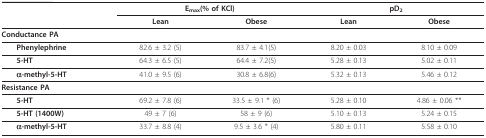
<table><thead><tr><td></td><td colspan="2"><b>E<sub>max</sub>(% of KCl)</b></td><td colspan="2"><b>pD<sub>2</sub></b></td></tr><tr><td></td><td><b>Lean</b></td><td><b>Obese</b></td><td><b>Lean</b></td><td><b>Obese</b></td></tr></thead><tbody><tr><td><b>Conductance PA</b></td><td></td><td></td><td></td><td></td></tr><tr><td> <b>Phenylephrine</b></td><td>82.6 ± 3.2 (5)</td><td>83.7 ± 4.1(5)</td><td>8.20 ± 0.03</td><td>8.10 ± 0.09</td></tr><tr><td> <b>5-HT</b></td><td>64.3 ± 6.5 (5)</td><td>64.4 ± 7.2(5)</td><td>5.28 ± 0.13</td><td>5.02 ± 0.11</td></tr><tr><td> <b>α-methyl-5-HT</b></td><td>41.0 ± 9.5 (6)</td><td>30.8 ± 6.8(6)</td><td>5.32 ± 0.13</td><td>5.46 ± 0.12</td></tr><tr><td><b>Resistance PA</b></td><td></td><td></td><td></td><td></td></tr><tr><td> <b>5-HT</b></td><td>69.2 ± 7.8 (6)</td><td>33.5 ± 9.1 * (6)</td><td>5.28 ± 0.10</td><td>4.86 ± 0.06 **</td></tr><tr><td> <b>5-HT (1400W)</b></td><td>49 ± 7 (6)</td><td>58 ± 9 (6)</td><td>5.10 ± 0.13</td><td>5.24 ± 0.15</td></tr><tr><td> <b>α-methyl-5-HT</b></td><td>33.7 ± 8.8 (4)</td><td>9.5 ± 3.6 * (4)</td><td>5.80 ± 0.11</td><td>5.58 ± 0.10</td></tr></tbody></table>